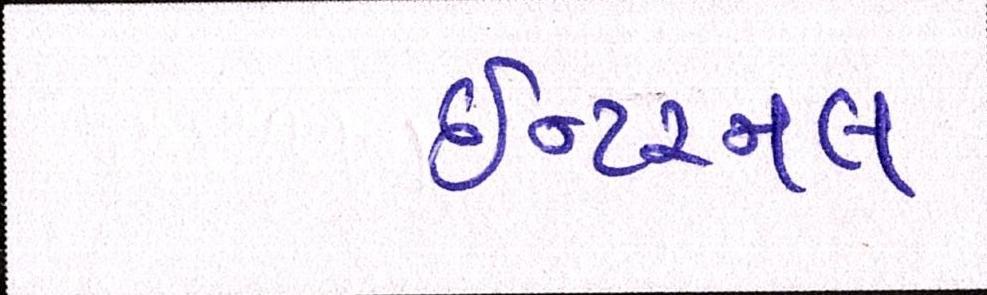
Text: ઇન્ટરનલ